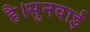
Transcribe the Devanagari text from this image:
है।सुनवाई